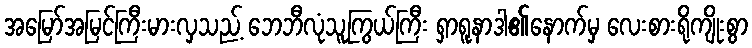
အမြော်အမြင်ကြီးမားလှသည့် ဘေဘီလုံသူကြွယ်ကြီး ရှာရူနာဒါ၏နောက်မှ လေးစားရိုကျိုးစွာ